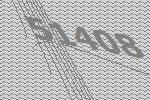
51408